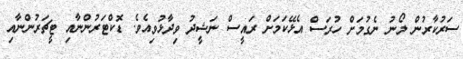
ސަރުކާރުން ލޯނު ނެގުމަށް ހުރަސް އެޅޭކަމަށް ރައީސް ނަޝީދު ވިދާޅުވިއެވެ. ޑޮކްޓަރުންނާއި ޓީޗަރުންނާއި